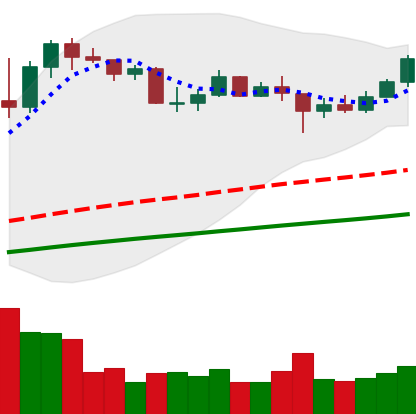
Ticker: LINK-USD
Chart end date: 2020-08-01
Forward return: 22.106%
Label: up_7plus